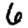
Digit: 6